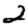
Digit: 2